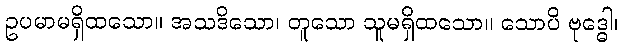
ဥပမာမရှိထသော။ အသဒိသော၊ တူသော သူမရှိထသော။ သောပိ ဗုဒ္ဓေါ၊